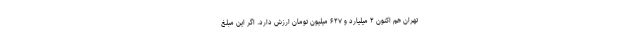
تهران هم اکنون ۲ میلیارد و ۶۲۷ میلیون تومان ارزش دارد. اگر این مبلغ